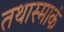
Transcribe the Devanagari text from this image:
तथास्माकं